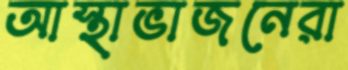
আস্থাভাজনেরা